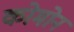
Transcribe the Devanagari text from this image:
कोमोन